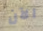
الآن